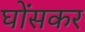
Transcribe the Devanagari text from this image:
घोंसकर